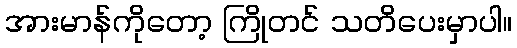
အားမာန်ကိုတော့ ကြိုတင် သတိပေးမှာပါ။